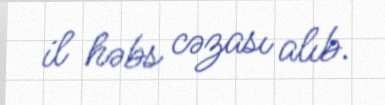
il həbs cəzası alıb.